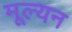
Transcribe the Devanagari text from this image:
मूल्‍यन